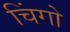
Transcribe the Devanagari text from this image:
चिंगो